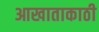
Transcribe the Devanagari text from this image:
आखाताकाठी